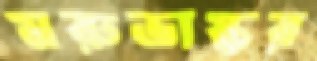
মরুভাষ্কর